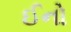
ઈનો